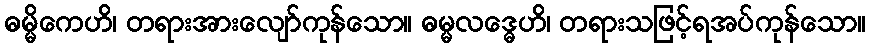
ဓမ္မိကေဟိ၊ တရားအားလျော်ကုန်သော။ ဓမ္မလဒ္ဓေဟိ၊ တရားသဖြင့်ရအပ်ကုန်သော။